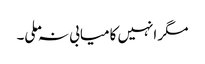
مگر انہیں کامیابی نہ ملی۔